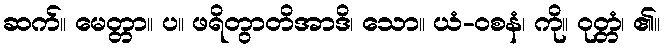
ဆက်။ မေတ္တာ။ ပ။ ဖရိတွာတိအာဒိ၊ သော။ ယံ-ဝစနံ၊ ကို။ ဝုတ္တံ၊ ၏။